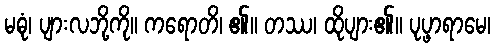
မဓုံ၊ ပျားလဘို့ကို။ ကရောတိ၊ ၏။ တဿ၊ ထိုပျား၏။ ပုပ္ဖာရာမေ၊